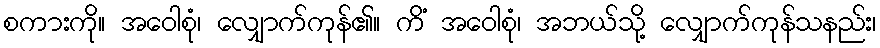
စကားကို။ အဝေါစုံ၊ လျှောက်ကုန်၏။ ကိံ အဝေါစုံ၊ အဘယ်သို့ လျှောက်ကုန်သနည်း၊